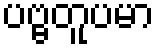
ပဗ္ဗတူပမာ